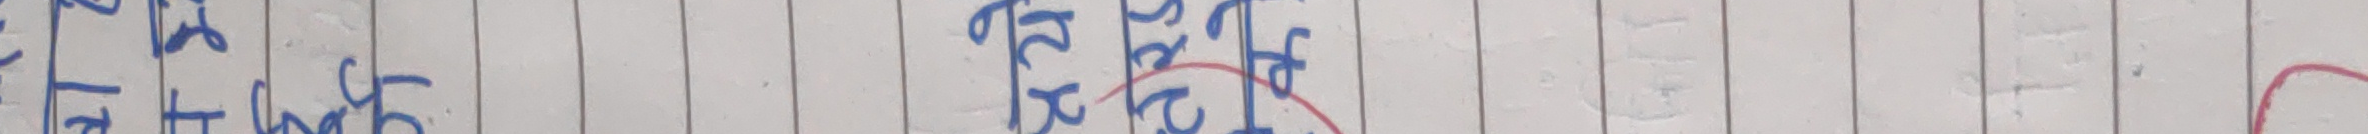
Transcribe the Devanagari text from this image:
१२ लाख सतै र